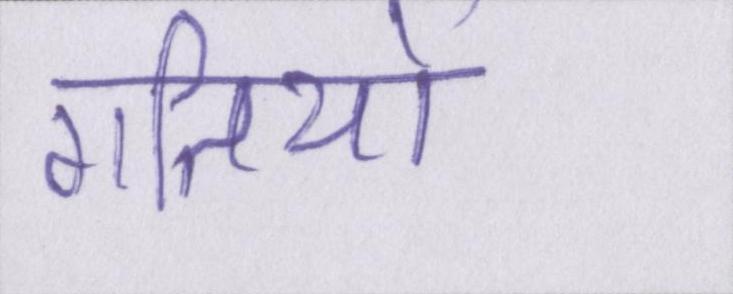
गतियों